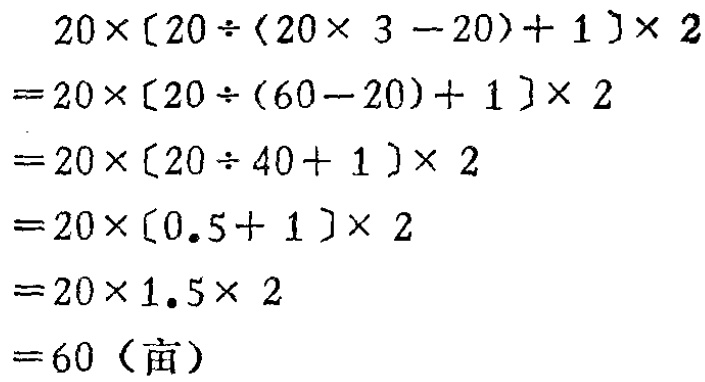
\[
\begin{align*}
&20\times[20\div(20\times 3 - 20)+ 1]\times 2\\
=&20\times[20\div(60 - 20)+ 1]\times 2\\
=&20\times[20\div 40+ 1]\times 2\\
=&20\times[0.5 + 1]\times 2\\
=&20\times 1.5\times 2\\
=&60 \text{（亩）}
\end{align*}
\]